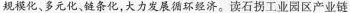
规模化、多元化、链条化,大力发展循环经济。读石拐工业园区产业链